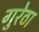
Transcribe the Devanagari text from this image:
गुरेठा